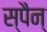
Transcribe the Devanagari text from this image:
स्पैन्